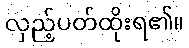
လှည့်ပတ်ထိုးရ၏။